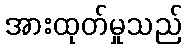
အားထုတ်မှုသည်